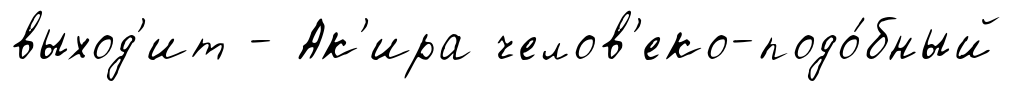
выход'ит - Ак'ира челов'еко-подо́бный